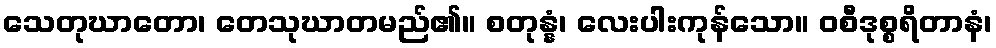
သေတုဃာတော၊ တေသုဃာတမည်၏။ စတုန္နံ၊ လေးပါးကုန်သော။ ဝစီဒုစ္စရိတာနံ၊